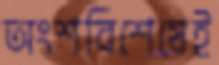
অংশবিশেষেই